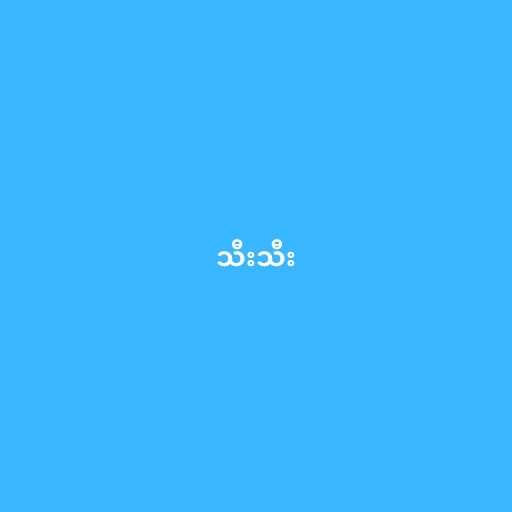
သီးသီး